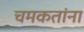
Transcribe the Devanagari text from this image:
चमकतांना